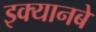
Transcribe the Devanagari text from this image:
इक्यानबे